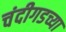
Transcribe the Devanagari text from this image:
चंदीगडच्या